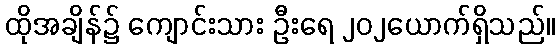
ထိုအချိန်၌ ကျောင်းသား ဦးရေ ၂၀၂ယောက်ရှိသည်။